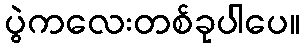
ပွဲကလေးတစ်ခုပါပေ။